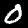
Digit: 0